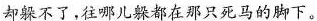
却躲不了，往哪儿躲都在那只死马的脚下。